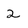
Character: 2